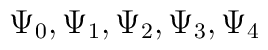
\Psi_{0},\Psi_{1},\Psi_{2},\Psi_{3},\Psi_{4}